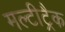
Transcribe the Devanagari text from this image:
मल्टीट्रैक